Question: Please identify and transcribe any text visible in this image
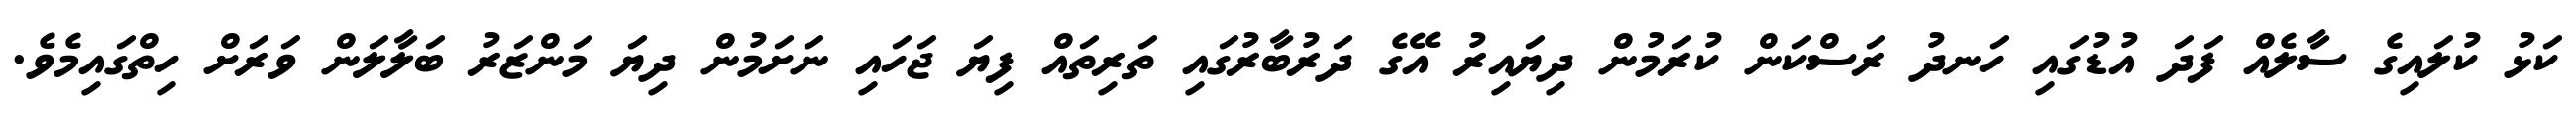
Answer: ކަޅު ކުލައިގެ ސާލެއް ފަދަ އުޑުގައި ހަނދު ރަސްކަން ކުރަމުން ދިޔައިރު އޭގެ ދަރުބާރުގައި ތަރިތައް ފިޔަ ޖަހައި ނަށަމުން ދިޔަ މަންޒަރު ބަލާލަން ވަރަށް ހިތްގައިމެވެ.